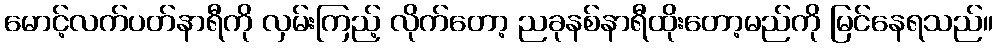
မောင့်လက်ပတ်နာရီကို လှမ်းကြည့် လိုက်တော့ ညခုနစ်နာရီထိုးတော့မည်ကို မြင်နေရသည်။